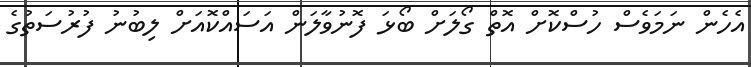
އެހެން ނަމަވެސް ހުސްކޮށް އޮތް ގޯލަށް ބޯޅަ ފޮނުވާލަން އަސައްކޮއަށް ލިބުނު ފުރުސަތުގެ